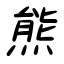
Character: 熊